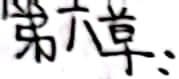
第六章：